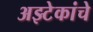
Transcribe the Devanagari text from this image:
अझ्टेकांचे